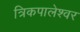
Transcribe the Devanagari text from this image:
त्रिकपालेश्वर